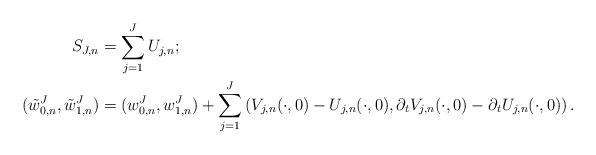
LaTeX: \begin{align*} S_{J,n} &= \sum_{j=1}^J U_{j,n};\\ (\tilde{w}_{0,n}^J, \tilde{w}_{1,n}^J) &= (w_{0,n}^J, w_{1,n}^J) + \sum_{j=1}^J \left(V_{j,n}(\cdot, 0) - U_{j,n}(\cdot, 0), \partial_t V_{j,n}(\cdot, 0) - \partial_t U_{j,n}(\cdot, 0)\right).\end{align*}